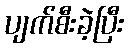
ပျက်စီးခဲ့ပြီး